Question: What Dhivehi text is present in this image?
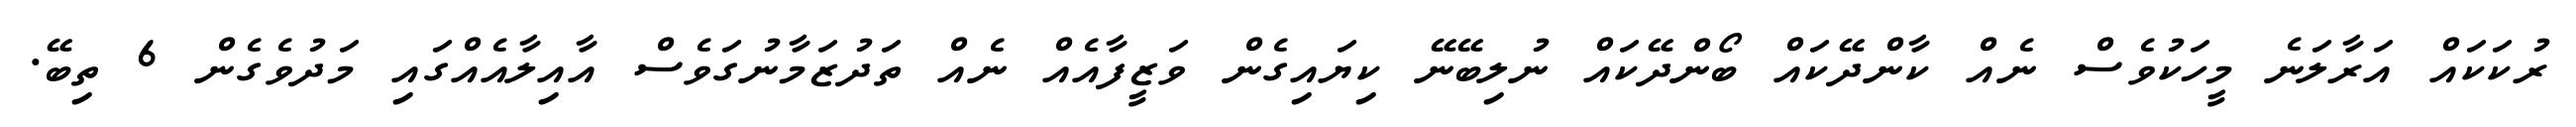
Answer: ރުކަކައް އަރާލަނެ މީހަކުވެސް ނެއް ކާންދޭކައް ބޯންދޭކައް ނުލިބޭނޭ ކިޔައިގެން ވަޒީފާއެއް ނެއް ތަދުޒަމާނުގަވެސް އާއިލާއެއްގައި މަދުވެގެން 6 ތިބޭ.